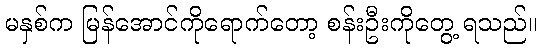
မနှစ်က မြန်အောင်ကိုရောက်တော့ စန်းဦးကိုတွေ့ ရသည်။